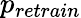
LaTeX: p_{retrain}